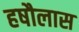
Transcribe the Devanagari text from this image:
हषौलास